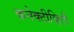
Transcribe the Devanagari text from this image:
कनेक्टीव्हिटी